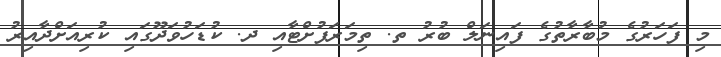
މި ފަހަރުގެ މުބާރާތުގެ ފައިނަލް ބުރު ތ. ތިމަރަފުށްޓާއި ދ. ކުޑަހުވަދޫގައި ކުރިއަށްދާއިރު